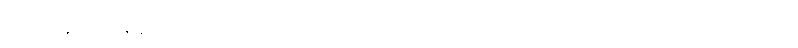
အဲဒီအချိန်ထိ မြန်မာပြည်ကို အင်္ဂလိပ်သင်္ဘောတွေ မရောက်သေးပေမယ့် ၁၇၅၂ ညောင်ရမ်းဆက်